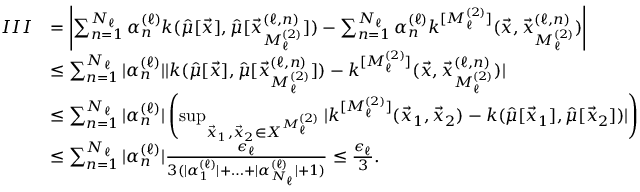
\begin{array} { r l } { I I I } & { = \left| \sum _ { { n } = 1 } ^ { { N _ { \ell } } } { \alpha _ { n } ^ { ( \ell ) } } k ( \hat { \mu } [ \vec { x } ] , \hat { \mu } [ { \vec { x } _ { M _ { \ell } ^ { ( 2 ) } } ^ { ( \ell , n ) } } ] ) - \sum _ { { n } = 1 } ^ { { N _ { \ell } } } { \alpha _ { n } ^ { ( \ell ) } } k ^ { [ { M _ { \ell } ^ { ( 2 ) } } ] } ( \vec { x } , { \vec { x } _ { M _ { \ell } ^ { ( 2 ) } } ^ { ( \ell , n ) } } ) \right| } \\ & { \leq \sum _ { { n } = 1 } ^ { { N _ { \ell } } } | { \alpha _ { n } ^ { ( \ell ) } } | | k ( \hat { \mu } [ \vec { x } ] , \hat { \mu } [ { \vec { x } _ { M _ { \ell } ^ { ( 2 ) } } ^ { ( \ell , n ) } } ] ) - k ^ { [ { M _ { \ell } ^ { ( 2 ) } } ] } ( \vec { x } , { \vec { x } _ { M _ { \ell } ^ { ( 2 ) } } ^ { ( \ell , n ) } } ) | } \\ & { \leq \sum _ { { n } = 1 } ^ { { N _ { \ell } } } | { \alpha _ { n } ^ { ( \ell ) } } | \left( \operatorname* { s u p } _ { \vec { x } _ { 1 } , \vec { x } _ { 2 } \in X ^ { { M _ { \ell } ^ { ( 2 ) } } } } | k ^ { [ { M _ { \ell } ^ { ( 2 ) } } ] } ( \vec { x } _ { 1 } , \vec { x } _ { 2 } ) - k ( \hat { \mu } [ \vec { x } _ { 1 } ] , \hat { \mu } [ \vec { x } _ { 2 } ] ) | \right) } \\ & { \leq \sum _ { { n } = 1 } ^ { { N _ { \ell } } } | { \alpha _ { n } ^ { ( \ell ) } } | \frac { \epsilon _ { \ell } } { 3 ( | { \alpha _ { 1 } ^ { ( \ell ) } } | + \ldots + | { \alpha _ { N _ { \ell } } ^ { ( \ell ) } } | + 1 ) } \leq \frac { \epsilon _ { \ell } } { 3 } . } \end{array}